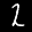
Label: 2